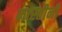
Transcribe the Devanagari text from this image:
मास्तीनी